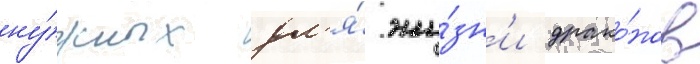
ну́жных дл'я́ жи́зн'и драко́нов